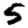
Digit: 5